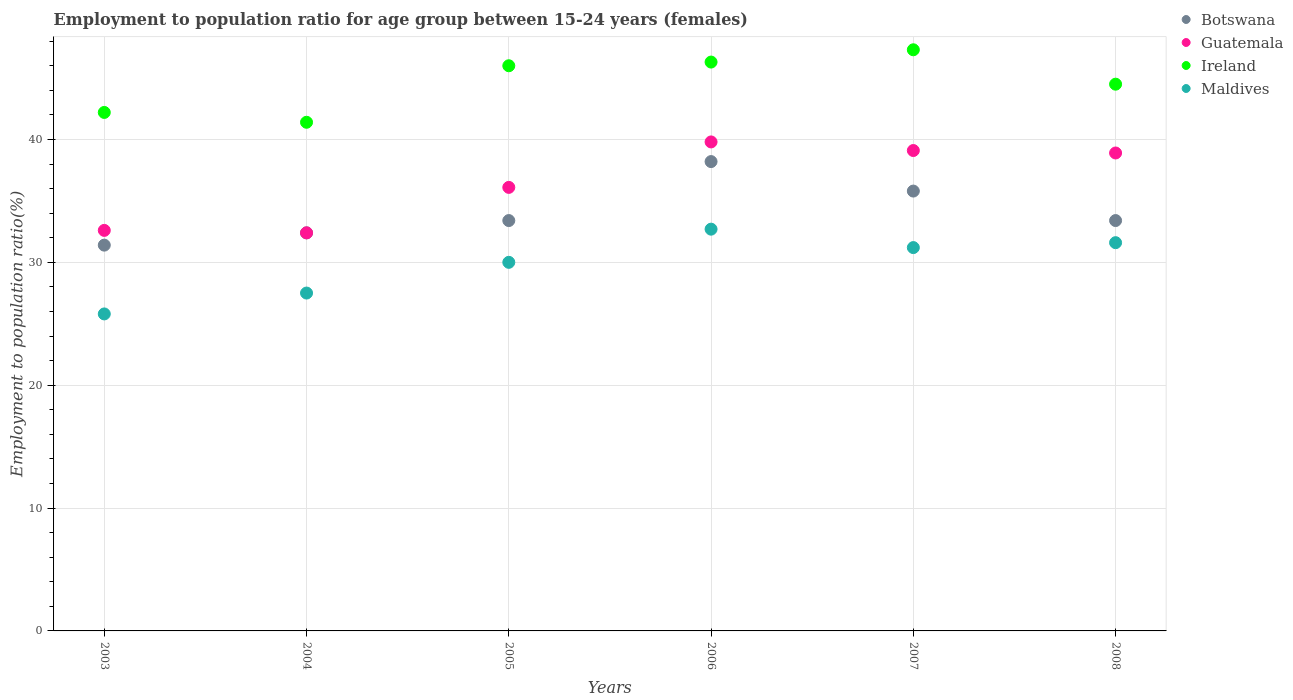
| Years | Botswana | Guatemala | Ireland | Maldives |
 | --- | --- | --- | --- | --- |
 | 2003 | 31.4 | 32.6 | 42.2 | 25.8 |
 | 2004 | 32.4 | 32.4 | 41.4 | 27.5 |
 | 2005 | 33.4 | 36.1 | 46 | 30 |
 | 2006 | 38.2 | 39.8 | 46.3 | 32.7 |
 | 2007 | 35.8 | 39.1 | 47.3 | 31.2 |
 | 2008 | 33.4 | 38.9 | 44.5 | 31.6 |